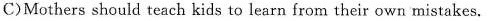
C)Mothers should teach kids to learn from their own mistakes.